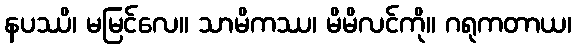
နပဿိ၊ မမြင်လေ။ သာမိကဿ၊ မိမိလင်ကို။ ဂရုကတာယ၊